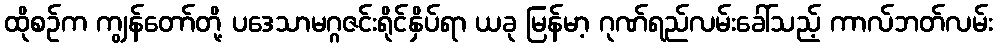
ထိုစဉ်က ကျွန်တော်တို့ ပဒေသာမဂ္ဂဇင်းရိုင်နှိပ်ရာ ယခု မြန်မာ့ ဂုဏ်ရည်လမ်းခေါ်သည့် ကာလ်ဘတ်လမ်း